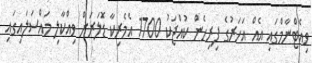
ވިއެޓްނާމްގައި އެއް އަހަރުގެ ފިރިހެން ކުއްޖަކު 1700 އެމެރިކާ ޑޮަލަރަށް ވިއްކާލި މައްސަލައިގައި